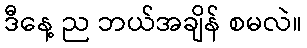
ဒီနေ့ ည ဘယ်အချိန် စမလဲ။